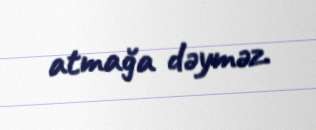
atmağa dəyməz.